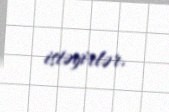
istəyirlər.